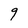
Character: 9